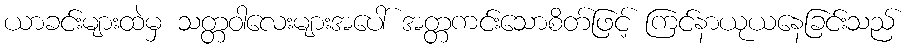
ယာခင်းများထဲမှ သတ္တဝါလေးများအပေါ် အတ္တကင်းသောစိတ်ဖြင့် ကြင်နာယုယနေခြင်းသည်